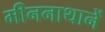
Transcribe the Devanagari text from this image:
मीननाथानें